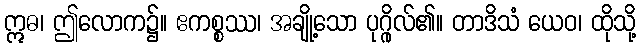
ဣဓ၊ ဤလောက၌။ ဧကစ္စဿ၊ အချို့သော ပုဂ္ဂိုလ်၏။ တာဒိသံ ယေဝ၊ ထိုသို့